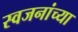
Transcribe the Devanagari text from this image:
स्वजनांच्या